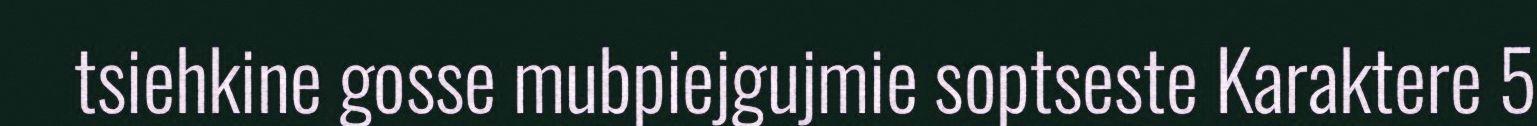
tsiehkine gosse mubpiejgujmie soptseste Karaktere 5